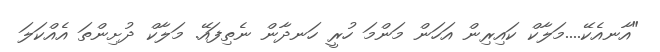
"އާނއެކޭ....މަލާކް ކައިރިން އަހަން މަންމަ ހުރީ ހަނދާން ނެތިފައޭ. މަލާކް ދުށިންތަ އެއްކަލަ